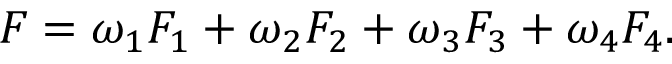
\begin{array} { r } { F = \omega _ { 1 } F _ { 1 } + \omega _ { 2 } F _ { 2 } + \omega _ { 3 } F _ { 3 } + \omega _ { 4 } F _ { 4 } . } \end{array}